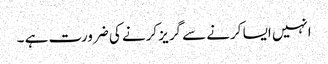
انہیں ایسا کرنے سے گریز کرنے کی ضرورت ہے ۔